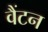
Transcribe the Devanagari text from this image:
वैंटन